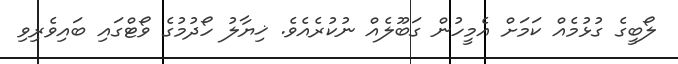
ލޯބީގެ ގުޅުމެއް ކަމަށް އެމީހުން ގަބޫލެއް ނުކުރެއެވެ. ޚިޔާލު ހޯދުމުގެ ވޯޓްގައި ބައިވެރިވި